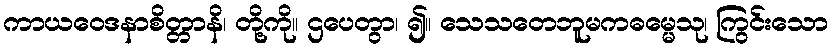
ကာယဝေဒနာစိတ္တာနိ၊ တို့ကို။ ဌပေတွာ၊ ၍။ သေသတေဘူမကဓမ္မေသု၊ ကြွင်းသော